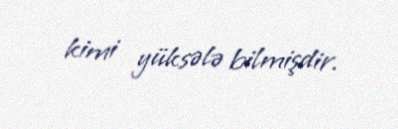
kimi yüksələ bilmişdir.